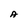
Character: A